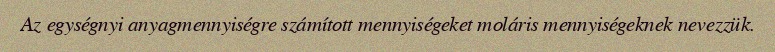
Az egységnyi anyagmennyiségre számított mennyiségeket moláris mennyiségeknek nevezzük.